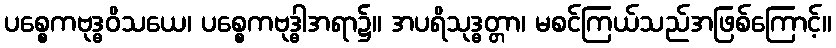
ပစ္စေကဗုဒ္ဓဝိသယေ၊ ပစ္စေကဗုဒ္ဓါအရာ၌။ အပရိသုဒ္ဓတ္တာ၊ မစင်ကြယ်သည်အဖြစ်ကြောင့်။